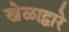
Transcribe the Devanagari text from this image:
खेळाद्वारे